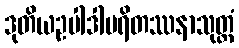
ဒုတိယဥပါဒါပရိတဿနာသုတ္တံ